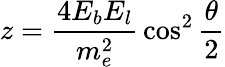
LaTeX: z={\frac{4E_{b}E_{l}}{m_{e}^{2}}}\cos^{2}\frac{\theta}{2}